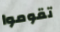
تقوموا